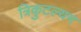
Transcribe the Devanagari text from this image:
त्रिकुटल्यम